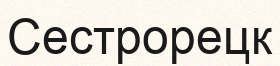
Сестрорецк